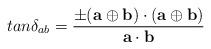
LaTeX: \begin{align*}tan \delta_{ab} = {\pm ({\bf a}\oplus {\bf b})\cdot ({\bf a}\oplus {\bf b})\over {\bf a}\cdot {\bf b}}\end{align*}